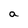
Character: a